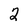
Character: 2